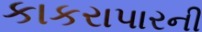
કાકરાપારની